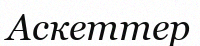
Аскеттер